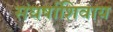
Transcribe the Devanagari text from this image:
संघर्षाशिवाय